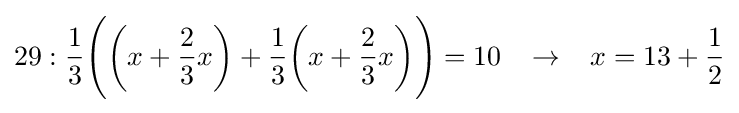
29:{\frac {1}{3}}{\Bigg (}{\bigg (}x+{\frac {2}{3}}x{\bigg )}+{\frac {1}{3}}{\bigg (}x+{\frac {2}{3}}x{\bigg )}{\Bigg )}=10\;\;\;\rightarrow \;\;\;x=13+{\frac {1}{2}}